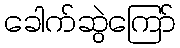
ခေါက်ဆွဲကြော်